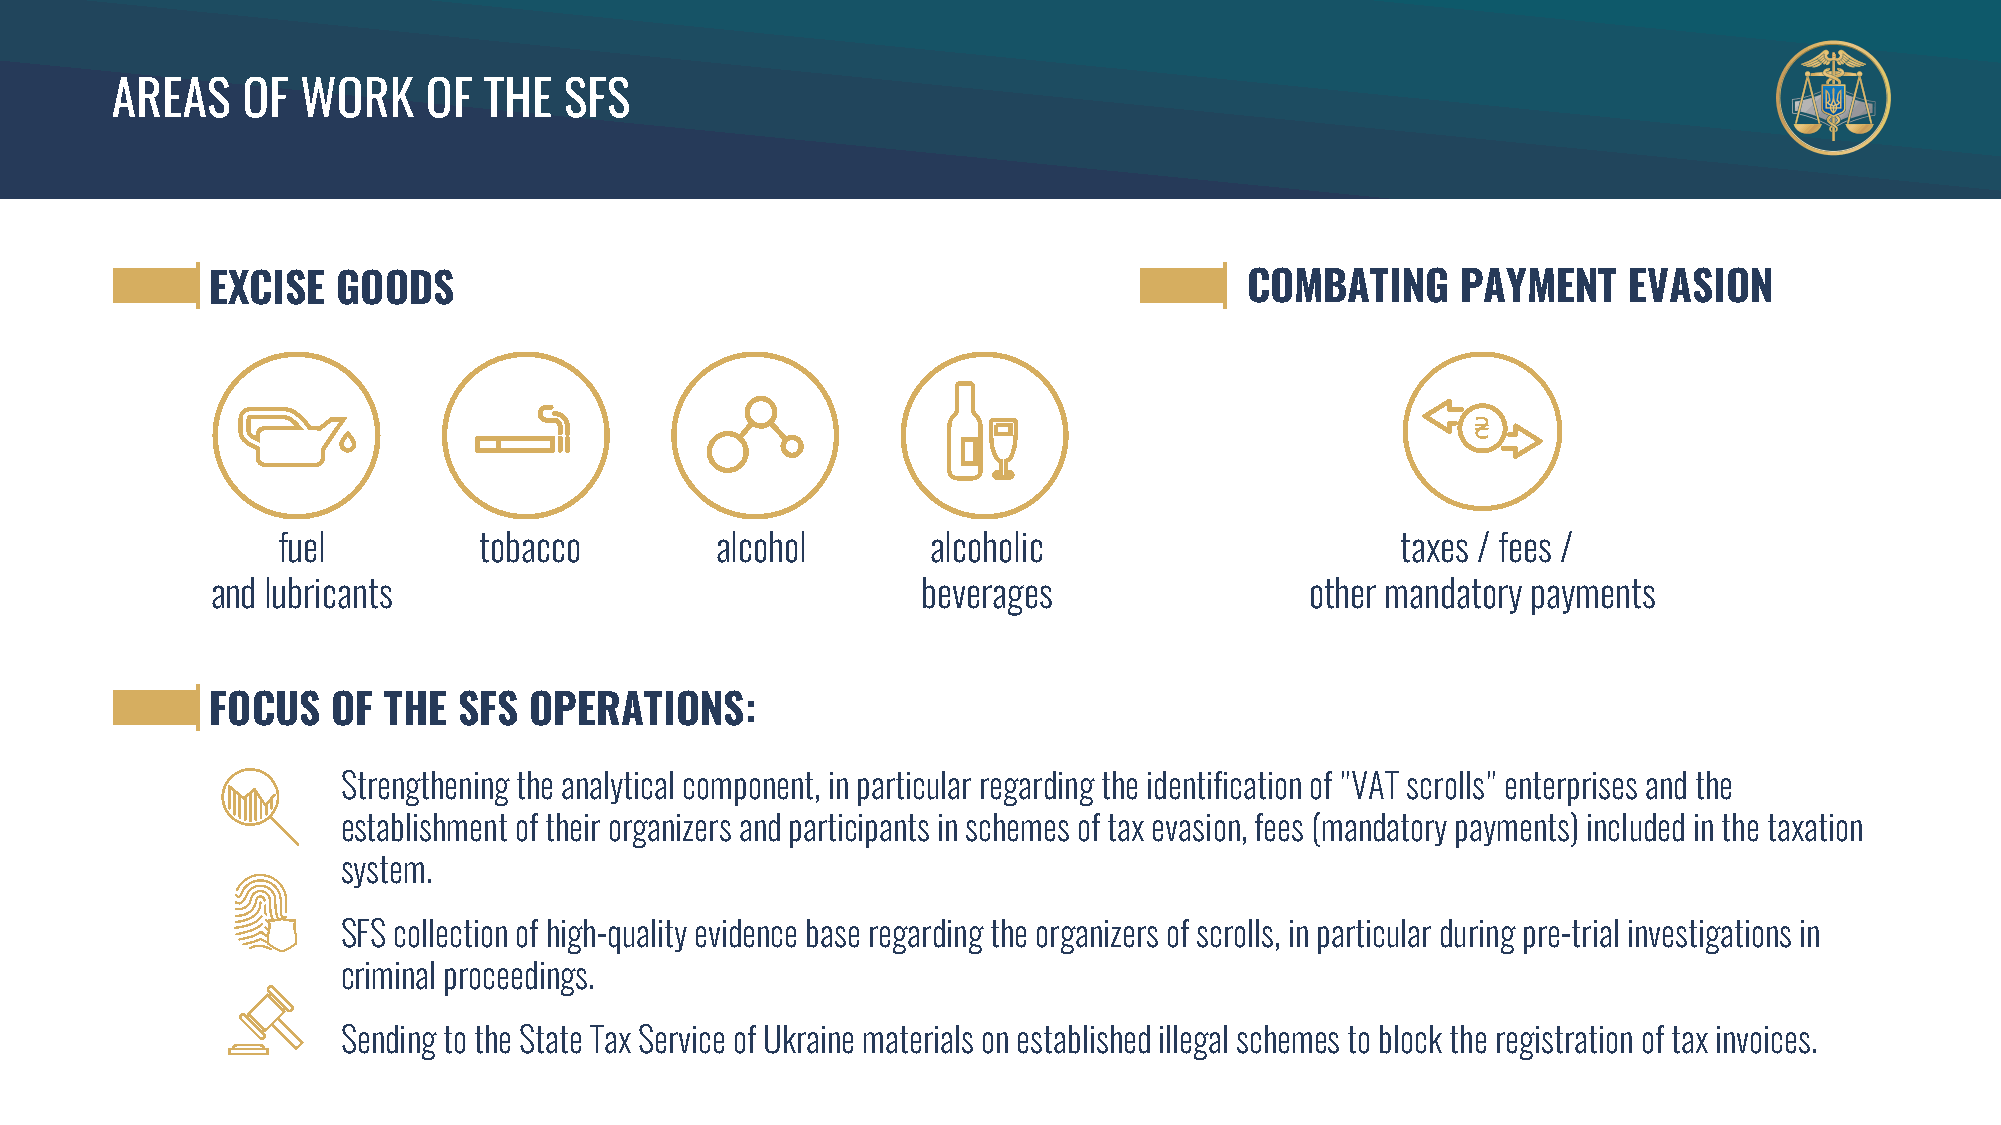
AREAS    OF  WORK    OF  THE  SFS
 EXCISE  GOODS                                                       COMBATING      PAYMENT    EVASION
 fuel          tobacco        alcohol        alcoholic                      taxes / fees /
 and lubricants                                 beverages                 other mandatory payments
 FOCUS   OF THE  SFS  OPERATIONS:
 Strengthening the analytical component, in particular regarding the identification of "VAT scrolls" enterprises and the
 establishment of their organizers and participants in schemes of tax evasion, fees (mandatory payments) included in the taxation
 system.
 SFS collection of high-quality evidence base regarding the organizers of scrolls, in particular during pre-trial investigations in
 criminal proceedings.
 Sending to the State Tax Service of Ukraine materials on established illegal schemes to block the registration of tax invoices.